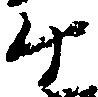
ヶ